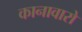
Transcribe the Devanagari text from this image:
कानावारो